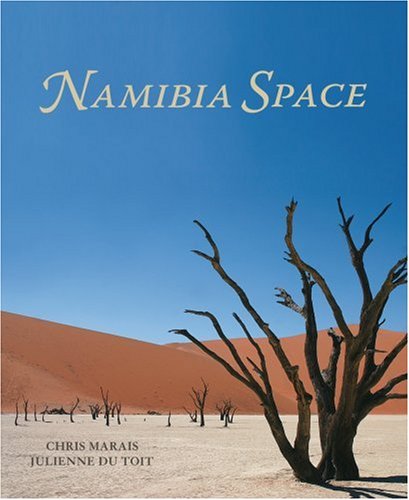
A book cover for Namibia Space; Julienne du Toit; Travel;